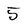
Character: 5